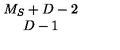
\begin{array} { c } { M _ { S } + D - 2 } \\ { D - 1 } \\ \end{array}